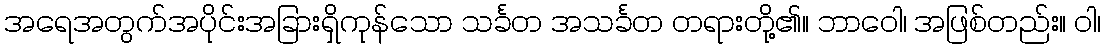
အရေအတွက်အပိုင်းအခြားရှိကုန်သော သင်္ခတ အသင်္ခတ တရားတို့၏။ ဘာဝေါ၊ အဖြစ်တည်း။ ဝါ၊